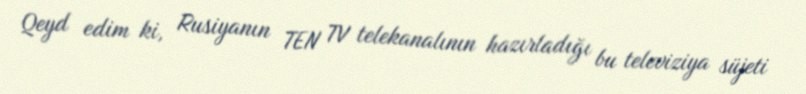
Qeyd edim ki, Rusiyanın TEN TV telekanalının hazırladığı bu televiziya süjeti